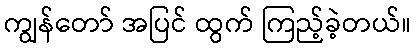
ကျွန်တော် အပြင် ထွက် ကြည့်ခဲ့တယ်။